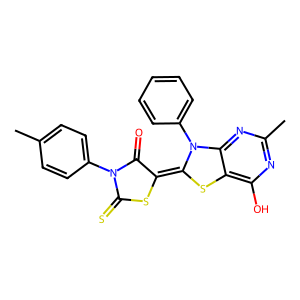
SMILES: Cc1ccc(N2C(=O)C(=C3Sc4c(O)nc(C)nc4N3c3ccccc3)SC2=S)cc1
Inhibits HIV replication: No